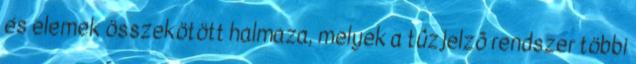
és elemek összekötött halmaza, melyek a tûzjelzõ rendszer többi